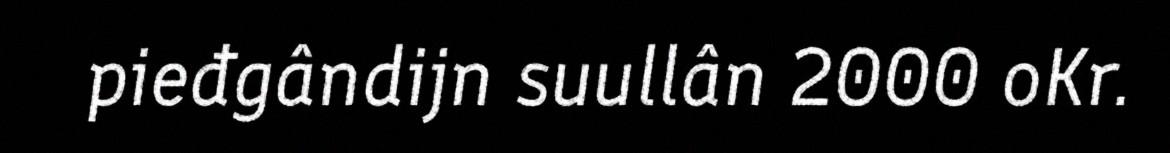
pieđgândijn suullân 2000 oKr.